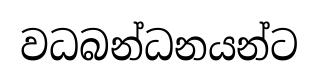
වධබන්ධනයන්ට